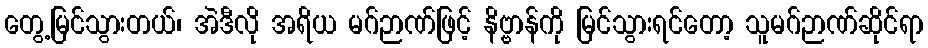
တွေ့မြင်သွားတယ်၊ အဲဒီလို အရိယ မဂ်ဉာဏ်ဖြင့် နိဗ္ဗာန်ကို မြင်သွားရင်တော့ သူမဂ်ဉာဏ်ဆိုင်ရာ